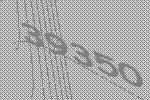
39350